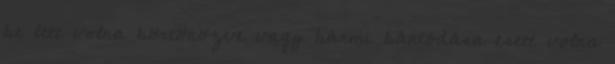
be lett volna börtönözve vagy bármi bántódása esett volna